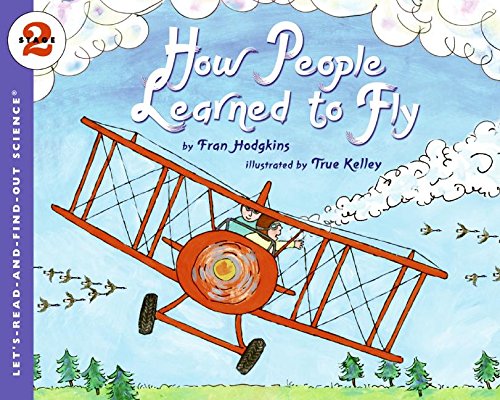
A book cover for How People Learned to Fly (Let's-Read-and-Find-Out Science 2); Fran Hodgkins; Children's Books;